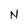
Character: N